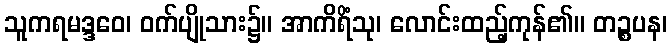
သူကရမဒ္ဒဝေ၊ ဝက်ပျိုသား၌။ အာကိရိံသု၊ လောင်းထည့်ကုန်၏။ တဉ္စပန၊